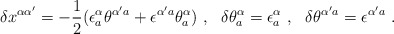
\begin{align*}\delta x^{\alpha\alpha'} = -{1\over 2}(\epsilon^\alpha_a\theta^{\alpha'a}+ \epsilon^{\alpha'a}\theta^\alpha_a)\ ,\ \ \delta\theta^\alpha_a = \epsilon^\alpha_a\ , \ \ \delta\theta^{\alpha'a}= \epsilon^{\alpha'a} \ .\end{align*}